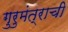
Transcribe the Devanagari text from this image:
गुरुमंत्राची